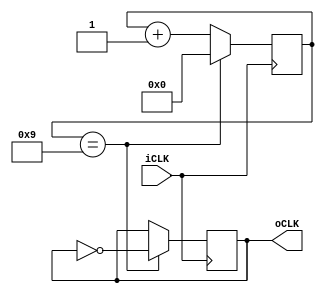
/*
=k/N 
*/
module divider #(parameter N = 20)(iCLK, oCLK);
    input iCLK;
    output reg oCLK;
    
    //initial oCLK=0;
	integer counter=0;
    
	always@(posedge iCLK) begin

		if(counter==N/2-1) begin
			counter='b0;
			oCLK=~oCLK;
		end
		else begin
			counter=counter+'b1;
		end
	end
endmodule